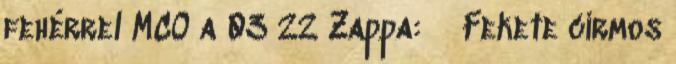
fehérrel MCO a 03 22 Zappa: ♂ Fekete cirmos